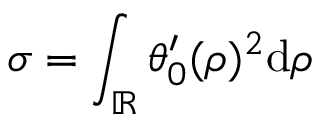
\sigma = \int _ { \ensuremath { \mathbb { R } } } \theta _ { 0 } ^ { \prime } ( \rho ) ^ { 2 } \mathrm { d } \rho